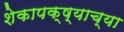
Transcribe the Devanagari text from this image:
शेकापक्ष्याच्या